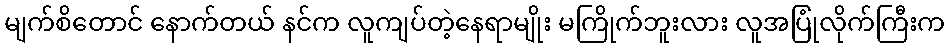
မျက်စိတောင် နောက်တယ် နင်က လူကျပ်တဲ့နေရာမျိုး မကြိုက်ဘူးလား လူအပြုံလိုက်ကြီးက